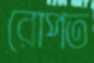
রোপত